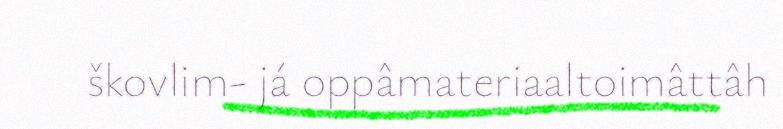
škovlim- já oppâmateriaaltoimâttâh